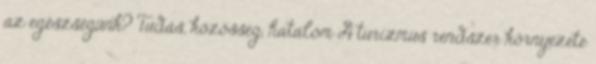
az egészségünk? Tudás, közösség, hatalom A turizmus rendszer környezete